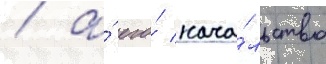
/ а́ его́ нача́льство